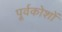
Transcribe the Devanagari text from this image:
पूर्वकोशों